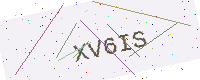
Text: XV6IS